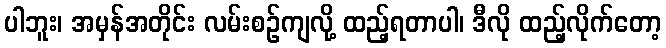
ပါဘူး၊ အမှန်အတိုင်း လမ်းစဉ်ကျလို့ ထည့်ရတာပါ၊ ဒီလို ထည့်လိုက်တော့